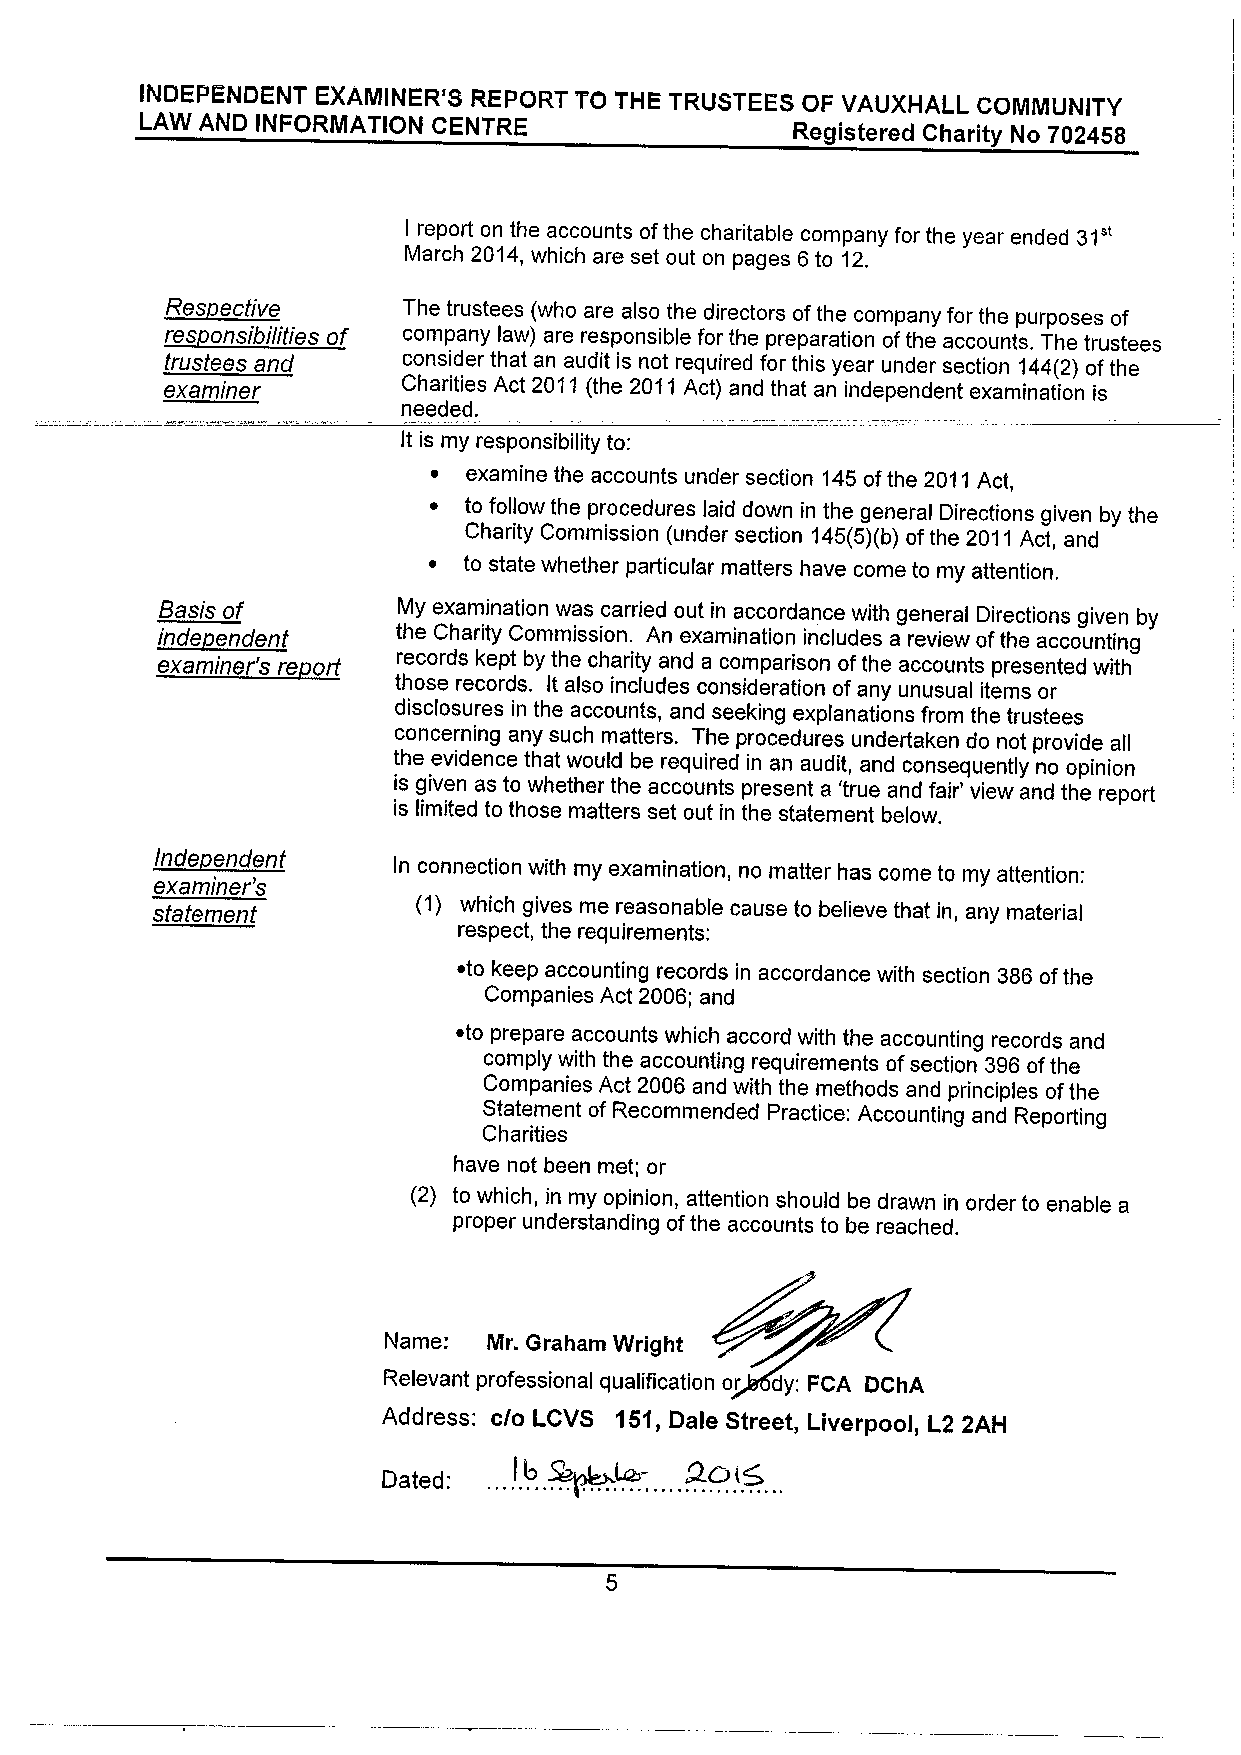
INDEPENDENT EXAMINER'S REPORT TO THE TRUSTEES OF VAUXHALL COMMUNITY
 LAW AND INFORMATION CENTRE                 Registered Charity No 702458
 I report on the accounts ofthe charitable company for the year ended 31"
 March 2014, which are set out on pages 6to 12.
 ~Res ective     The trustees (who are also the directors ofthe company for the purposes of
 company law) are responsible for the preparation ofthe accounts. The trustees
 trustees and    consider that an audit is not required for this year under section 144(2) ofthe
 examiner        Charities Act 2011 (the 2011 Act) and that an independent examination is
 needed.
 It is my responsibility to:
 ~ examine the accounts under section 145ofthe 2011Act,
 ~  to follow the procedures laid down in the general Directions given by the
 Charity Commission (under section 145(5)(b)ofthe 2011 Act, and
 ~  to state whether particular matters have come to my attention,
 Basis of       My examination was carried out in accordance with general Directions given by
 d             the Charity Commission. An examination includes a review ofthe accounting
 examiner's re ort records kept by the charity and a comparison ofthe accounts presented with
 those records. It also includes consideration ofany unusual items or
 disclosures in the accounts, and seeking explanations from the trustees
 concerning any such matters. The procedures undertaken do not provide all
 the evidence that would be required in an audit, and consequently no opinion
 is given as to whether the accounts present a 'true and fair' view and the report
 hdf             is limited to those matters set out in the statement below.
 examiner's      In connection with my examination, no matter has come to my attention:
 statement         (1) which gives me reasonable cause to believe that in, any material
 respect, the requirements:
 ~to keep accounting records in accordance with section 386ofthe
 Companies Act 2006; and
 ~to prepare accounts which accord with the accounting records and
 comply with the accounting requirements ofsection 396ofthe
 Companies Act 2006 and with the methods and principles ofthe
 Statement of Recommended Practice: Accounting and Reporting
 Charities
 have not been met; or
 (2) to which, in my opinion, attention should be drawn in order to enable a
 proper understanding ofthe accounts to be reached.
 Name:  Mr. Graham Wright
 Relevant professional qualification or dy; FCA DChA
 Address: c/o LCVS 151,Dale Street, Liverpool, L2 2AH
 Dated